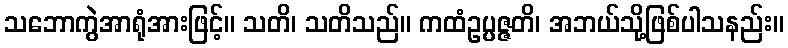
သဘောကွဲအာရုံအားဖြင့်။ သတိ၊ သတိသည်။ ကထံဥပ္ပဇ္ဇတိ၊ အဘယ်သို့ဖြစ်ပါသနည်း။